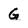
Character: G